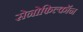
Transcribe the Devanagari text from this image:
सेनोफिल्कॉन